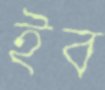
ইব